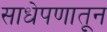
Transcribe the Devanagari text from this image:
साधेपणातून